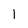
Character: l